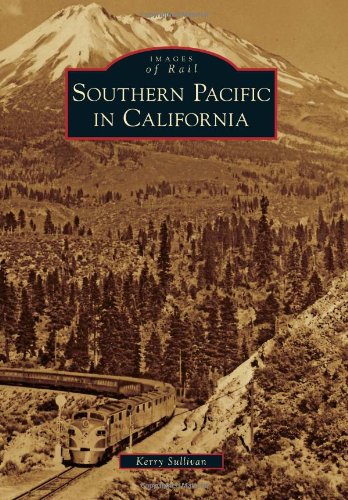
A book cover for Southern Pacific in California (Images of Rail); Kerry Sullivan; Arts & Photography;